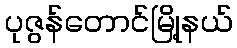
ပုဇွန်တောင်မြို့နယ်